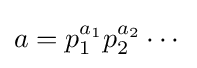
a=p_{1}^{a_{1}}p_{2}^{a_{2}}\cdots